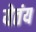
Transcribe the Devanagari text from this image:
येतंय